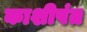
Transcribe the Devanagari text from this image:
काशीपंत